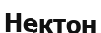
Нектон